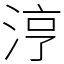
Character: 涥